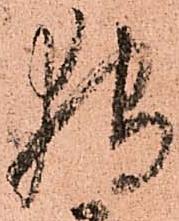
狩